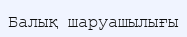
Балық шаруашылығы